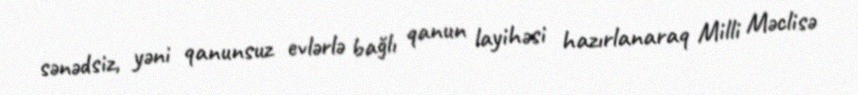
sənədsiz, yəni qanunsuz evlərlə bağlı qanun layihəsi hazırlanaraq Milli Məclisə